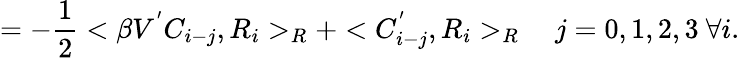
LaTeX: =-\frac{1}{2}<\beta V^{'}C_{i-j},R_{i}>_{R}+<C_{i-j}^{'},R_{i}>_{R}\ \ \ \ j=0,1,2,3\ \forall i.